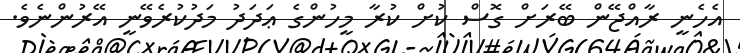
އެހެނީ ރާއްޖޭން ބޭރަށް ގޮސް ކުށް ކުރާ މީހުންގެ ޢަދަދު މަދުކުރެވޭނީ އޭރުންނެވެ.